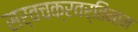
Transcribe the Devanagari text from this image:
सर्वचक्रवर्तिनाम